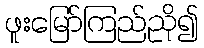
ဖူးမြော်ကြည်ညို၍